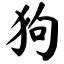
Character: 狗